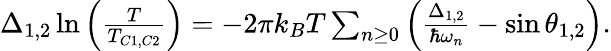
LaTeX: \begin{array}{r}{\Delta_{1,2}\ln\Big(\frac{T}{T_{C1,C2}}\Big)=-2\pi k_{B}T\sum_{n\geq 0}\Big(\frac{\Delta_{1,2}}{\hbar\omega_{n}}-\sin\theta_{1,2}\Big).}\end{array}